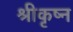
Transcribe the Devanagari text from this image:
श्रीकृष्न